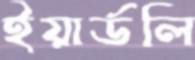
ইয়ার্ডলি